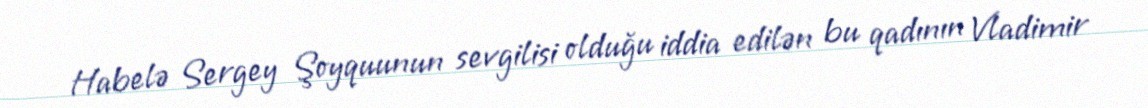
Habelə Sergey Şoyquunun sevgilisi olduğu iddia edilən bu qadının Vladimir